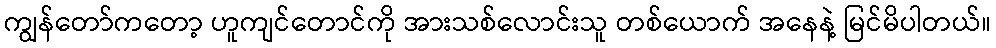
ကျွန်တော်ကတော့ ဟူကျင်တောင်ကို အားသစ်လောင်းသူ တစ်ယောက် အနေနဲ့ မြင်မိပါတယ်။